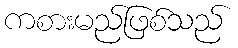
ကစားမည်ဖြစ်သည်